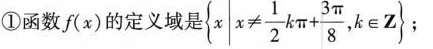
①函数f(x)的定义域是 $$（\left\{x|x \neq \frac{1}{2}k \pi + \frac{3 \pi}{8},k \in Z) $$；